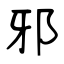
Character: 邪